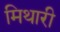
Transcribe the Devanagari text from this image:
मिथारी